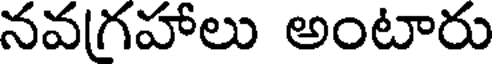
నవగ్రహాలు అంటారు